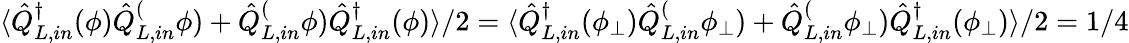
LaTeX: \langle\hat{Q}_{L,in}^{\dagger}(\phi)\hat{Q}_{L,in}^(\phi)+\hat{Q}_{L,in}^(\phi)\hat{Q}_{L,in}^{\dagger}(\phi)\rangle/2=\langle\hat{Q}_{L,in}^{\dagger}(\phi_{\bot})\hat{Q}_{L,in}^(\phi_{\bot})+\hat{Q}_{L,in}^(\phi_{\bot})\hat{Q}_{L,in}^{\dagger}(\phi_{\bot})\rangle/2=1/4